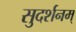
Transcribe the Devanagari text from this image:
सुदर्शनम्